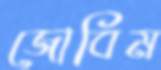
জোবিম